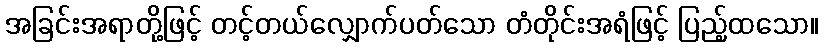
အခြင်းအရာတို့ဖြင့် တင့်တယ်လျှောက်ပတ်သော တံတိုင်းအရံဖြင့် ပြည့်ထသော။